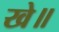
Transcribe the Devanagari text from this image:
खे॥